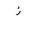
Letter: _zay